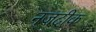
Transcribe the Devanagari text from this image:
नजदीक